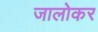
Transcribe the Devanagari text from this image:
जालोकर